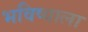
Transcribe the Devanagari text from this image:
भविष्याला